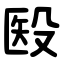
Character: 殹